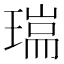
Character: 𤨈